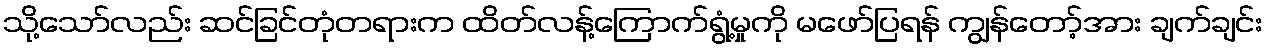
သို့သော်လည်း ဆင်ခြင်တုံတရားက ထိတ်လန့်ကြောက်ရွံ့မှုကို မဖော်ပြရန် ကျွန်တော့်အား ချက်ချင်း